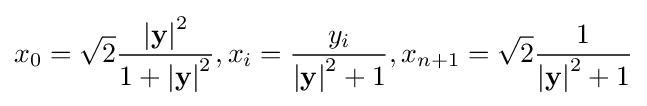
x_{0}={\sqrt {2}}{\frac {\left|\mathbf {y} \right|^{2}}{1+\left|\mathbf {y} \right|^{2}}},x_{i}={\frac {y_{i}}{\left|\mathbf {y} \right|^{2}+1}},x_{n+1}={\sqrt {2}}{\frac {1}{\left|\mathbf {y} \right|^{2}+1}}